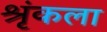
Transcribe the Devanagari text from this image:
श्रृंकला